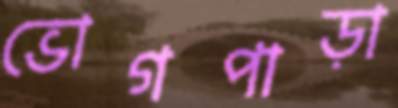
ভোগপাড়া